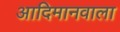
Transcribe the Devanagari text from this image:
आदिमानवाला